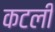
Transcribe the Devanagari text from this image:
कटली